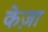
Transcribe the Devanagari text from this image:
केज़ा